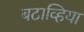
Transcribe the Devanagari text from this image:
बटाव्हिया